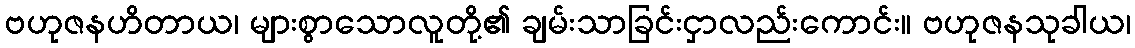
ဗဟုဇနဟိတာယ၊ များစွာသောလူတို့၏ ချမ်းသာခြင်းငှာလည်းကောင်း။ ဗဟုဇနသုခါယ၊